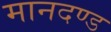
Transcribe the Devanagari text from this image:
मानदण्‍ड